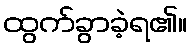
ထွက်ခွာခဲ့ရ၏။